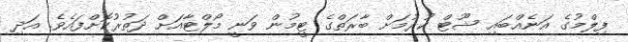
ފިލްމުގެ އަނެއްބައި ޝޫޓް ކުރުމަށް ބާރަތްގެ ޓީމުން ވަނީ މޯލްޓާއަށް ދަތުރުކޮށްފައެވެ. އަދި